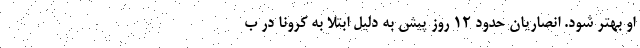
او بهتر شود. انصاریان حدود ۱۲ روز پیش به دلیل ابتلا به کرونا در ب